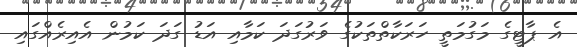
އެ ޕާޓީގެ މަގުމަތީ ހަރަކާތްތަކުގެ ވަރުގަދަ ކަމާއި އަޑު ގަދަ ކަމުން އެއިރެއްގައި